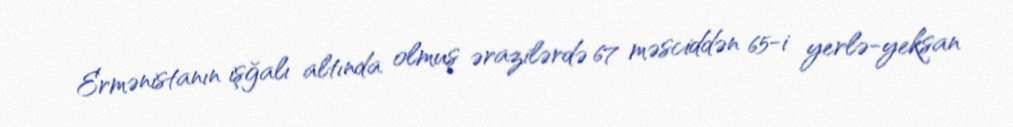
Ermənistanın işğalı altında olmuş ərazilərdə 67 məsciddən 65-i yerlə-yeksan